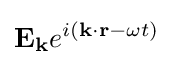
\mathbf {E_{k}} e^{i(\mathbf {k\cdot r} -\omega t)}